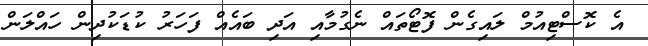
އެ ކޮސްޓިއުމް ލައިގެން ފޮޓޯތައް ނެގުމާއި އަދި ބައެއް ފަހަރު ކުޑަކުދިން ހައްލަން